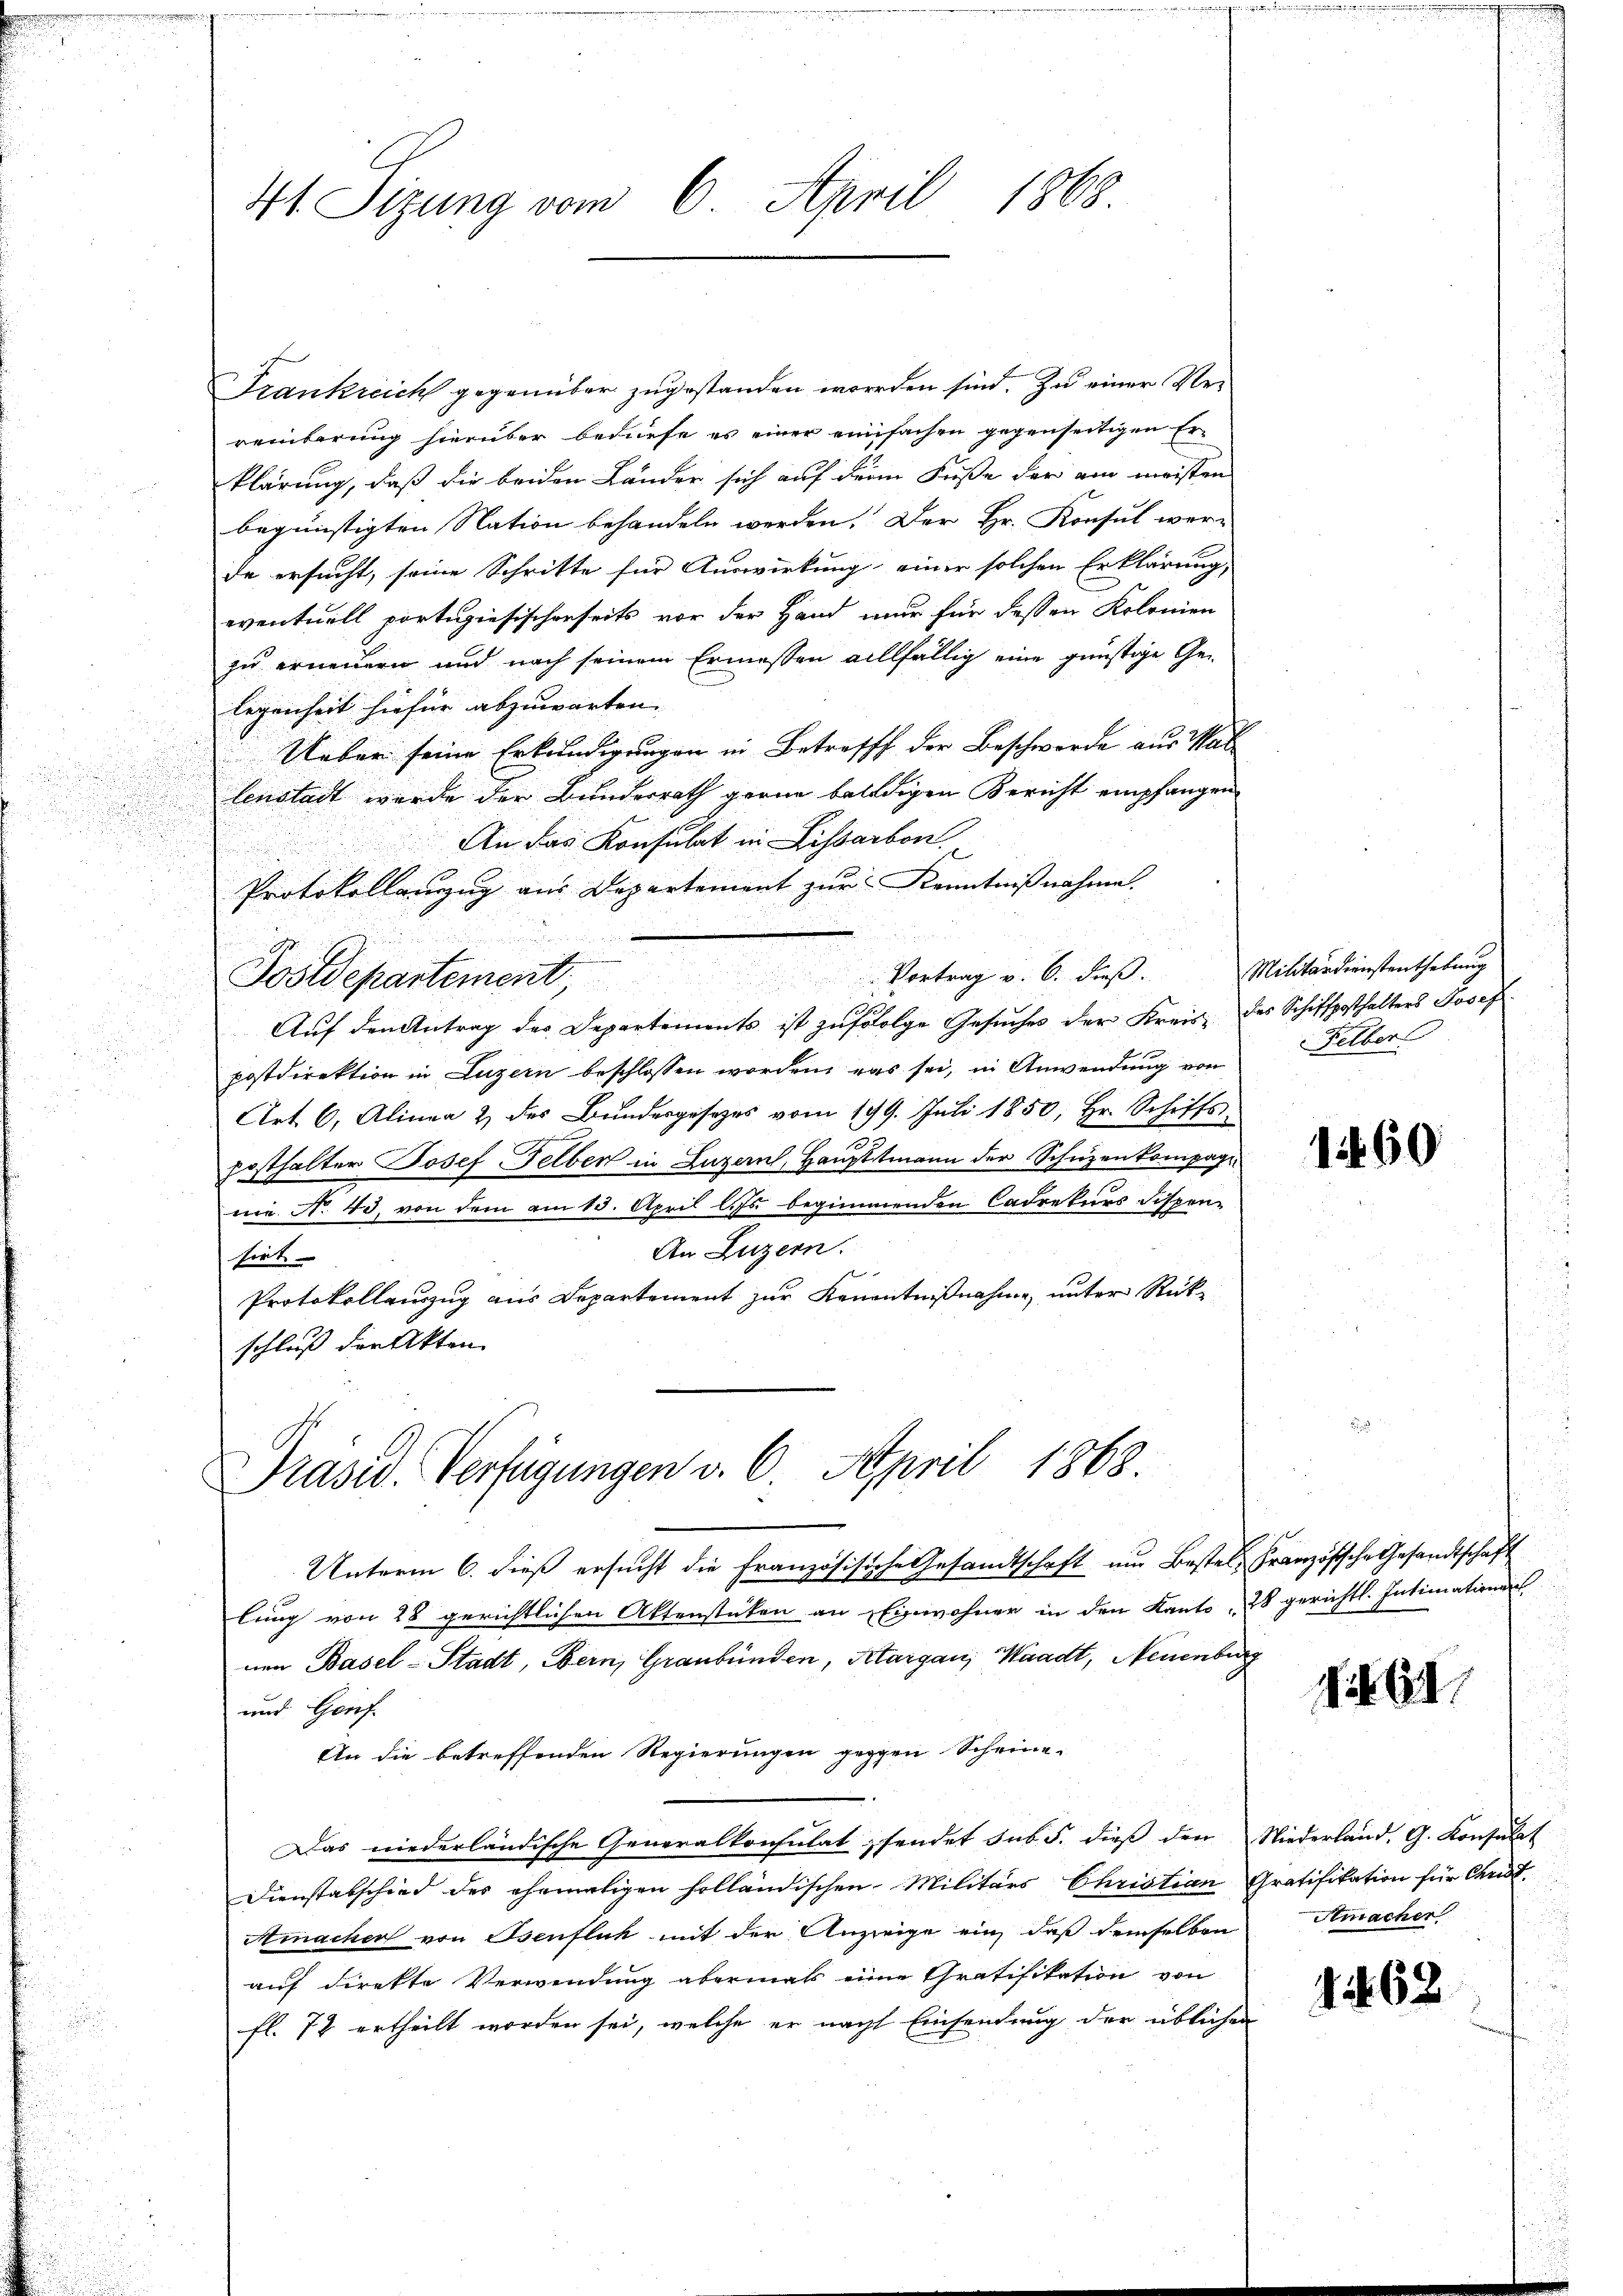
2

i
u

.

4 Sizung vom 6. April 1868

Frankreich gegenüber zugestanden worden sind. Zu einer Rereinbarung hierüber bedürfe es einer einfachen gegenseitigen Erklärung, daß die beiden Länder sich auf den Fuße der am meisten
begünstigten Nation behandeln werden. Der Hr. Konsul wer-
de ersucht, seine Schritte für Auswirkung einer solchen Erklärung,
eventuell portugiesischerseits vor der Hand nur für dessen Kolonien
zu erneuern und nach seinem Ermessen allfällig eine günstige Ge-
legenheit hiefür abzuwarten.
Ueber seine Erkundigungen in Betreff der Beschwerde aus Wallenstadt wurde der Bundesrath gerne balldigen Bericht empfangen
An das Konsulat in Lissarbon
Protokollanzug aus Departement zur Kenntnißnahme.
Postdepartement. Vortrag v. 6. dieβ.
Auf den Antrag des Departements ist zufolge Gesuches der Kreis des Schiffposthalters Josef

postdirektion in Luzern beschlossen worden, was sei, in Anwendung von
Art. 6, Alinea 2 des Bundergesetzes vom 199. Juli 1850, Hr. Schiffs
1
posthalter Josef Felben in Luzern, Haupttmann der Schüzenkompag
nie N. 43, von dem am 13. April l. Js. beginnenden Cadrekurs dispen-
An Luzern.
kirt
Protokollauszug aus Departement zur Kenntnißnahme, unter Rückschluß der Akten

Präsid. Verfügungen v. 6. April 1868.

Unterm 6. dieß ersucht die französische Gesandtschaft um Bestel Französische Gesandtschaft
lung von 28 gerichtlichen Aktenstücken an Einwohner in den Kanto, 28 gerichtl. Intimationen
nen Basel-Stadt, Bern, Graubünden, Aargau, Waadt, Neuenburg
und Genf.
An die betreffenden Regierungen gegen Scheine-
Das niederländische Generalkonsulat sendet sub 5. dieß den Niederland. G. Konsulat
Dienstabschied des ehemaligen holländischen Militärs Christian Gratifikation für Christ.
Amacher von Osenflich mit der Anzeige ein, daß demselben
auf direkte Verwendung abermals eine Gratifikation von
fl. 72 ertheilt worden sei, welche er nach Einsendung der üblichen

Militärdienstenthebung
Felber

1460

i 6

Atmacher

62